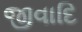
જીવાદિ